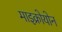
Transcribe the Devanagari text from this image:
माइक्रोयोन